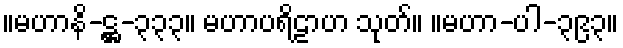
။မဟာနိ-ဋ္ဌ-၃၃၃။ မဟာပရိဠာဟ သုတ်။ ။မဟာ-ပါ-၃၉၃။